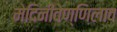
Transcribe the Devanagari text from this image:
मेदिनीवेण्णिलाव